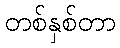
တစ်နှစ်တာ